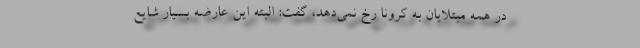
در همه مبتلایان به کرونا رخ نمی‌دهد، گفت: البته این عارضه بسیار شایع